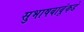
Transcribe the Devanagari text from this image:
सुभाषबाबूंकडे